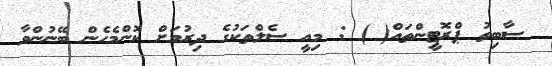
ސާބިތު ޕްރޮޓީންތައް( ) : މިއީ ސެލްތަކުގެ ދިރުމަށް ކޮންމެހެން ބޭނުންވާ